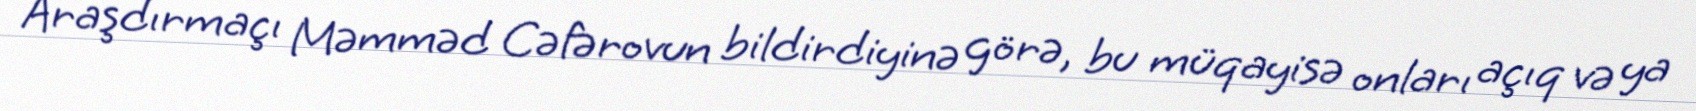
Araşdırmaçı Məmməd Cəfərovun bildirdiyinə görə, bu müqayisə onları açıq və ya